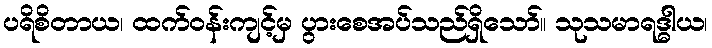
ပရိစိတာယ၊ ထက်ဝန်းကျင့်မှ ပွားစေအပ်သည်ရှိသော်။ သုသမာရဒ္ဓါယ၊